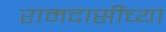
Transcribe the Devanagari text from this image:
रामदासींच्या